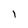
Character: 1